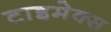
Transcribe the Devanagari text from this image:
टाइमेक्स